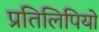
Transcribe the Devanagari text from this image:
प्रतिलिपियो